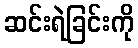
ဆင်းရဲခြင်းကို